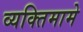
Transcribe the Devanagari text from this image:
व्यक्तिमामे